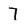
Character: 7